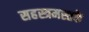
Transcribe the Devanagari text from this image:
सहस्त्रमस्तके